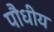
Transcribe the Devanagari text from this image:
पौधीय